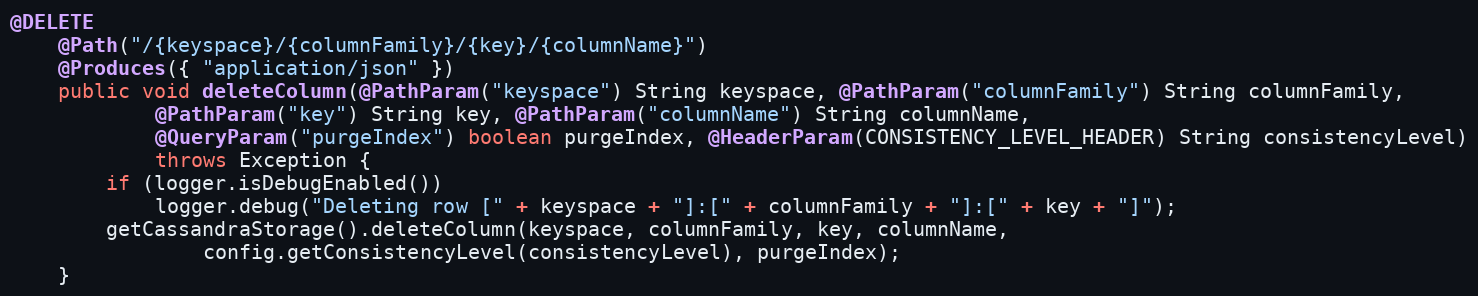
Language: Java
@DELETE
	@Path("/{keyspace}/{columnFamily}/{key}/{columnName}")
	@Produces({ "application/json" })
	public void deleteColumn(@PathParam("keyspace") String keyspace, @PathParam("columnFamily") String columnFamily,
			@PathParam("key") String key, @PathParam("columnName") String columnName,
			@QueryParam("purgeIndex") boolean purgeIndex, @HeaderParam(CONSISTENCY_LEVEL_HEADER) String consistencyLevel)
			throws Exception {
		if (logger.isDebugEnabled())
			logger.debug("Deleting row [" + keyspace + "]:[" + columnFamily + "]:[" + key + "]");
		getCassandraStorage().deleteColumn(keyspace, columnFamily, key, columnName,
				config.getConsistencyLevel(consistencyLevel), purgeIndex);
	}